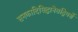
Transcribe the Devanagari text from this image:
सनकादिसिद्धानेतद्विमर्शे